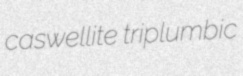
caswellite triplumbic